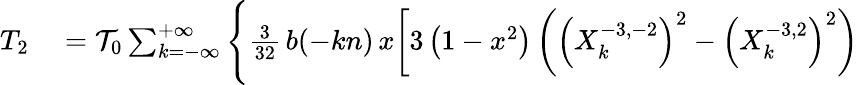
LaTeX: \begin{array}{rl}{T_{2}}&{{}={\cal T}_{0}\sum_{k=-\infty}^{+\infty}\Bigg\{ \frac{3}{32}\, b(-kn)\, x\bigg[3\left(1-x^{2}\right)\left(\left(X_{k}^{-3,-2}\right)^{2}-\left(X_{k}^{-3,2}\right)^{2}\right)}\end{array}